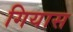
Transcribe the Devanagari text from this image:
गियास